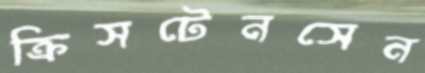
ক্রিসটেনসেন